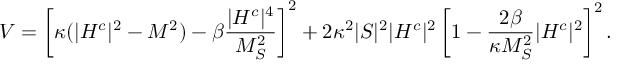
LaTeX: V = \left[ \kappa ( \vert H ^ { c } \vert ^ { 2 } - M ^ { 2 } ) - \beta \frac { \vert H ^ { c } \vert ^ { 4 } } { M _ { S } ^ { 2 } } \right] ^ { 2 } + 2 \kappa ^ { 2 } \vert S \vert ^ { 2 } \vert H ^ { c } \vert ^ { 2 } \left[ 1 - \frac { 2 \beta } { \kappa M _ { S } ^ { 2 } } \vert H ^ { c } \vert ^ { 2 } \right] ^ { 2 } .